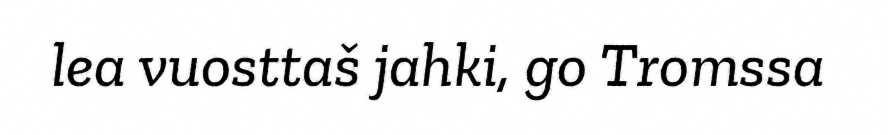
lea vuosttaš jahki, go Tromssa